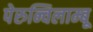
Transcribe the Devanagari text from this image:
पेरुन्चिलाम्बू